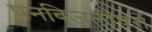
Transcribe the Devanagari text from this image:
पनबिजलीघरों